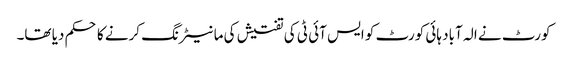
کورٹ نے الہ آباد ہائی کورٹ کو ایس آئی ٹی کی تفتیش کی مانیٹرنگ کرنے کا حکم دیا تھا۔